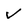
Character: v